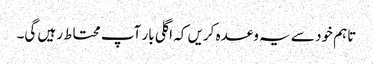
تاہم خود سے یہ وعدہ کریں کہ اگلی بار آپ محتاط رہیں گی۔